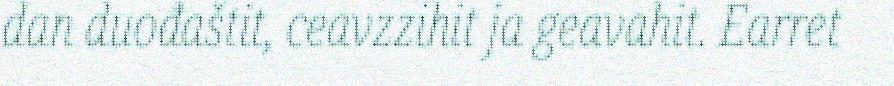
dan duođaštit, ceavzzihit ja geavahit. Earret